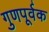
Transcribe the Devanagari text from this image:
गुणपूर्वक